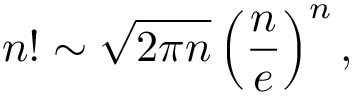
n ! \sim { \sqrt { 2 \pi n } } \left( { \frac { n } { e } } \right) ^ { n } ,